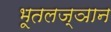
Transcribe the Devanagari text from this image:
भूतलज्ञान